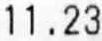
11.23